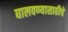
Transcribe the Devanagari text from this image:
घालवण्यासाठीचे